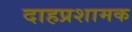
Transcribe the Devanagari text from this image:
दाहप्रशामक